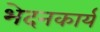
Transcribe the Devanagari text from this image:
भेदनकार्य